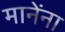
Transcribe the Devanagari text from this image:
मानेंना